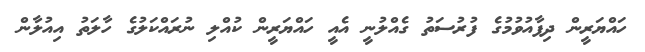
ހައްޔަރީން ދިފާއުވުމުގެ ފުރުސަތު ގެއްލުނީ އެއީ ހައްޔަރީން ކުއްލި ނުރައްކަލުގެ ހާލަތު އިއުލާން